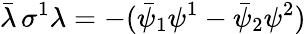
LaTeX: \bar{\lambda}\, \sigma^{1}\lambda=-(\bar{\psi}_{1}\psi^{1}-\bar{\psi}_{2}\psi^{2})